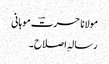
مولانا حسرتؔ موہانی
رسالہِ اصلاح ۔